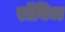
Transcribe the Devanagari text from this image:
रॉबिज